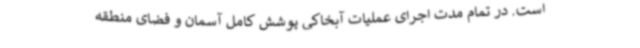
است. در تمام مدت اجرای عملیات آبخاکی پوشش کامل آسمان و فضای منطقه